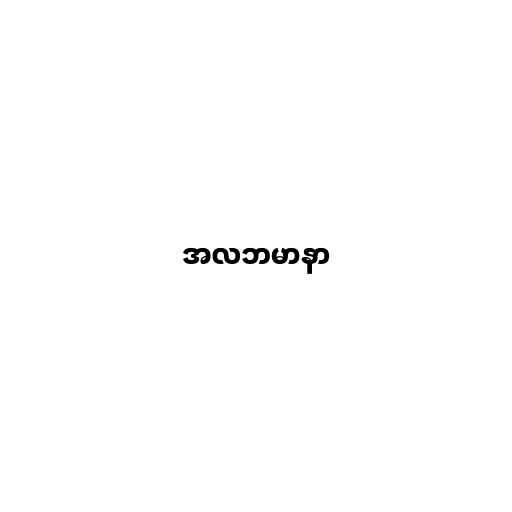
အလဘမာနာ